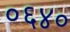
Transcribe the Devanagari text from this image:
०६४०